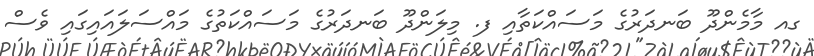
ގއ މާމެންދޫ ބަނދަރުގެ މަސައްކަތާއި ފ. މިލަންދޫ ބަނދަރުގެ މަސައްކަތުގެ މައްސަލައައިގައި ވެސް